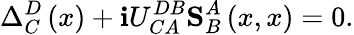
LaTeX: \Delta_{C}^{D}\left(x\right)+\mathbf{i}U_{CA}^{DB}\mathbf{{S}}_{B}^{A}\left(x,x\right)=0.